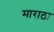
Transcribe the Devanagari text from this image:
माराठा